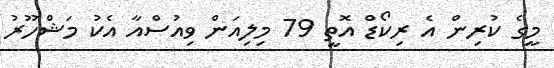
މީގެ ކުރިން އެ ރިކޯޑް އޮތީ 79 މިލިއަން ވިއުސްއާ އެކު މަޝްހޫރު